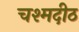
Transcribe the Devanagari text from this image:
चश्मदीठ